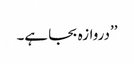
’’دروازہ بجا ہے۔